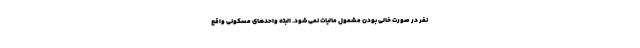
نفر در صورت خالی بودن مشمول مالیات نمی شود. البته واحدهای مسکونی واقع